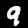
Digit: 9